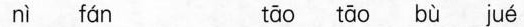
nì fán tāo tāo bù jué